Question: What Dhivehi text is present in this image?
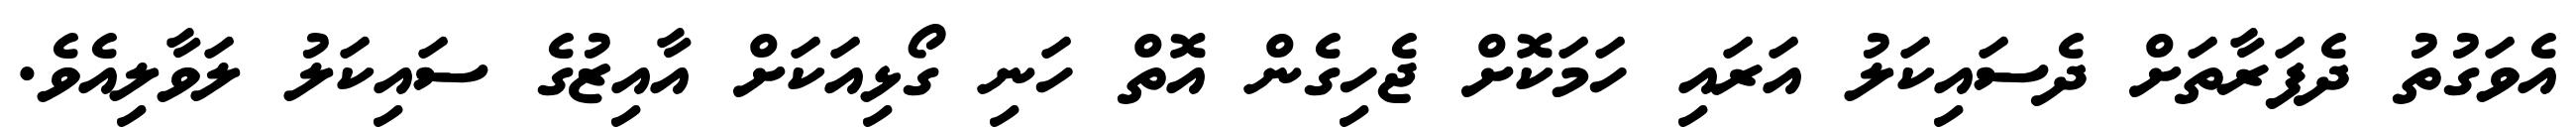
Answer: އެވަގުތު ދެފަރާތަށް ދެސައިކަލު އަރައި ހަމަކޮށް ޖެހިގެން އޮތް ހަނި ގޯޅިއަކަށް އާއިޒުގެ ސައިކަލު ލަވާލިއެވެ.